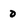
Character: 0